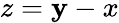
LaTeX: z=\mathbf{y}-x